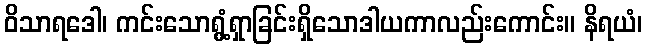
ဝိသာရဒေါ၊ ကင်းသောရွံ့ရှာခြင်းရှိသောဒါယကာလည်းကောင်း။ နိရယံ၊